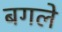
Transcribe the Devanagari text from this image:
बगले